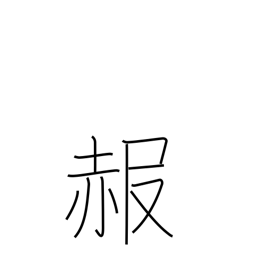
Meaning: get red